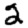
Digit: 2